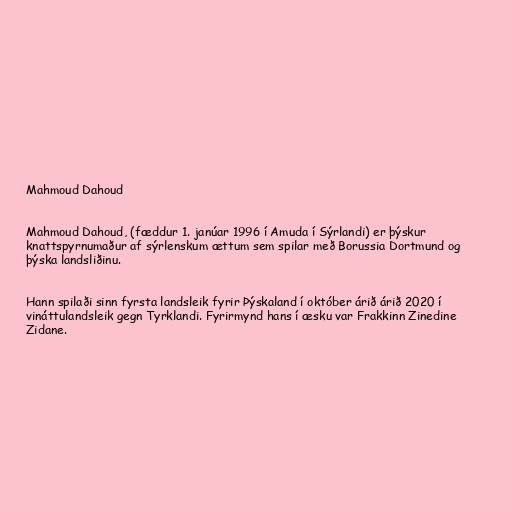
Mahmoud Dahoud

Mahmoud Dahoud, (fæddur 1. janúar 1996 í Amuda í Sýrlandi) er þýskur
knattspyrnumaður af sýrlenskum ættum sem spilar með Borussia Dortmund og
þýska landsliðinu.

Hann spilaði sinn fyrsta landsleik fyrir Þýskaland í október árið árið 2020 í
vináttulandsleik gegn Tyrklandi. Fyrirmynd hans í æsku var Frakkinn Zinedine
Zidane.